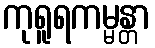
ကုရူရကမ္မန္တာ